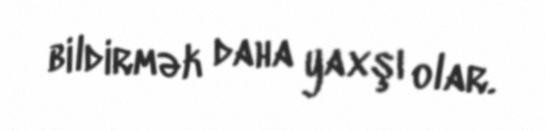
bildirmək daha yaxşı olar.